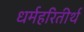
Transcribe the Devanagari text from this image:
धर्महरितीर्थ